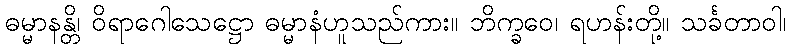
ဓမ္မာနန္တိ၊ ဝိရာဂေါသေဋ္ဌော ဓမ္မာနံဟူသည်ကား။ ဘိက္ခဝေ၊ ရဟန်းတို့။ သင်္ခတာဝါ၊